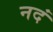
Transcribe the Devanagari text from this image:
नदं